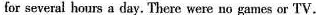
for several hours a day. There were no games or TV.